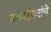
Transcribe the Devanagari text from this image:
वळवईकरांचे